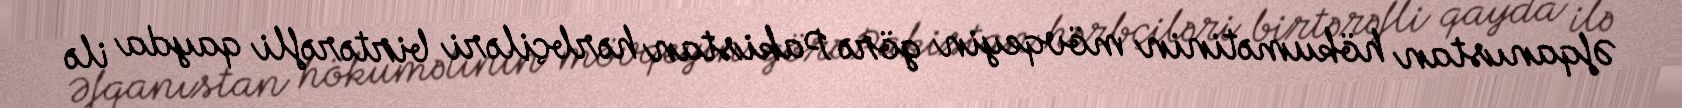
Əfqanıstan hökumətinin mövqeyin görə Pakistan hərbçiləri birtərəfli qayda ilə